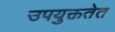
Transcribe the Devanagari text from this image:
उपयुक्ततेत